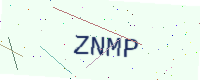
Text: ZNMP